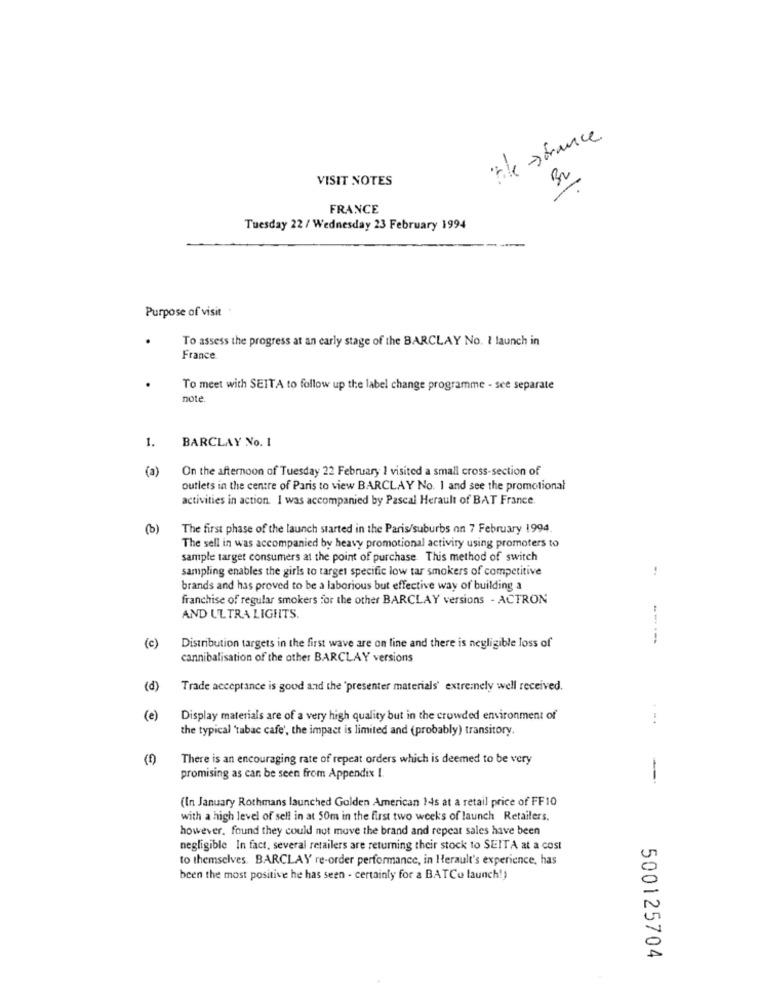
The >france
VISIT NOTES
-
FRANCE
Tuesday 22 / Wednesday 23 February 1994
Purpose of visit :
To assess the progress at an early stage of the BARCLAY No. 1 launch in
France
To meet with SEITA to follow up the label change programme - see separate
note
1.
BARCLAY No. 1
(a)
On the afternoon of Tuesday 22 February 1 visited a small cross-section of
outlets in the centre of Paris to view BARCLAY No. 1 and see the promotional
activities in action. I was accompanied by Pascal Herault of BAT France.
(b)
The first phase of the launch started in the Paris/suburbs on 7 February 1994
The sell in was accompanied by heavy promotional activity using promoters to
sample target consumers at the point of purchase This method of switch
sampling enables the girls to target specific low tar smokers of competitive
..
brands and has proved to be a laborious but effective way of building a
franchise of regular smokers for the other BARCLAY versions - ACTRON
AND ULTRA LIGHTS.
(c)
Distribution targets in the first wave are on line and there is negligible loss of
cannibalisation of the other BARCLAY versions
(d)
Trade acceptance is good and the 'presenter materials' extremely well received.
(e)
Display materials are of a very high quality but in the crowded environment of
the typical 'tabac cafe', the impact is limited and (probably) transitory.
There is an encouraging rate of repeat orders which is deemed to be very
promising as can be seen from Appendix I.
(In January Rothmans launched Golden American 14s at a retail price of FF10
with a high level of sell in at 50m in the first two weeks of launch Retailers.
however, found they could not move the brand and repeat sales have been
negligible In fact, several retailers are returning their stock to SEITA at a cost
to themselves. BARCLAY re-order performance, in Herault's experience, has
been the most positive he has seen - certainly for a BATCu launch!)
500125704